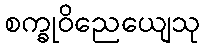
စက္ခုဝိညေယျေသု